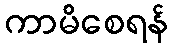
ကာမိစေရန်